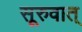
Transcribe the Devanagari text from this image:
सूरुवात्